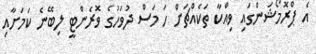
އެ ޕްރޮމޯޝަންގައި ވިއްކާ ތަކެއްޗަށް ހަ މަސް ދުވަހުގެ ވޮރެންޓީ ލިބޭނެ ކަމަށާއި